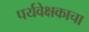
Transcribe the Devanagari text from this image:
पर्यवेक्षकाचा